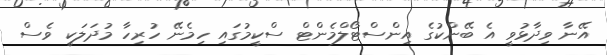
އޭނާ ވިދާޅުވީ އެ ބޭންކުގެ އިންސްޓޯލްމެންޓް ސްކީމުގައި ހިމެނޭ ހުރިހާ މުދަލަކީ ވެސް